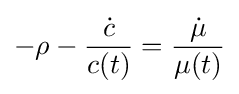
-\rho -{\frac {\dot {c}}{c(t)}}={\frac {\dot {\mu }}{\mu (t)}}